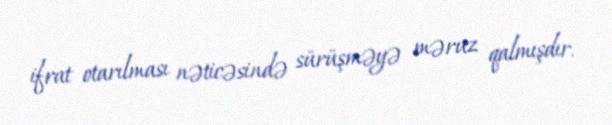
ifrat otarılması nəticəsində sürüşməyə məruz qalmışdır.